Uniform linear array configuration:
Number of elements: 8
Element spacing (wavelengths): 1
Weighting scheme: blackman
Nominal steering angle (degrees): -15
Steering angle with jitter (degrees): -14.514
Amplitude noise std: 0.05
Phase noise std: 0.05

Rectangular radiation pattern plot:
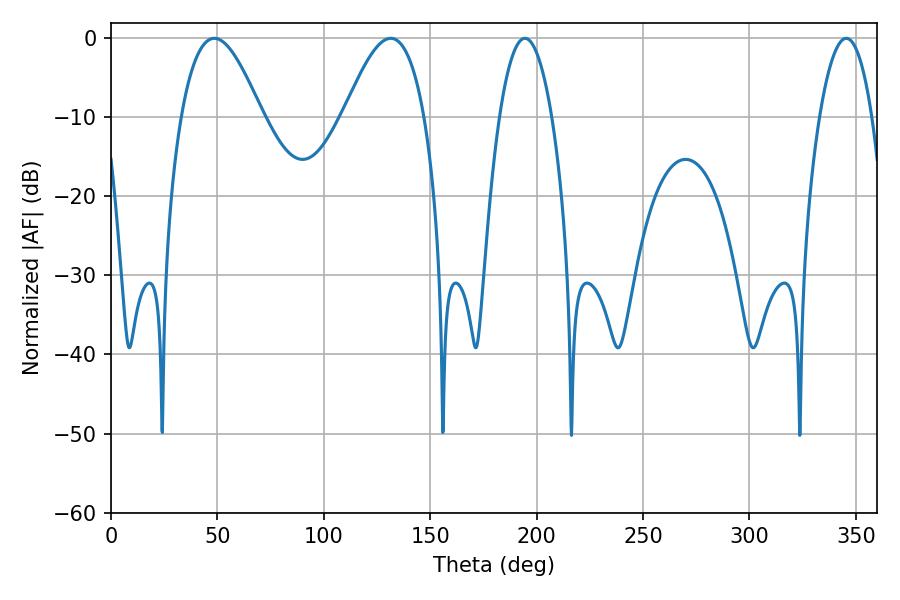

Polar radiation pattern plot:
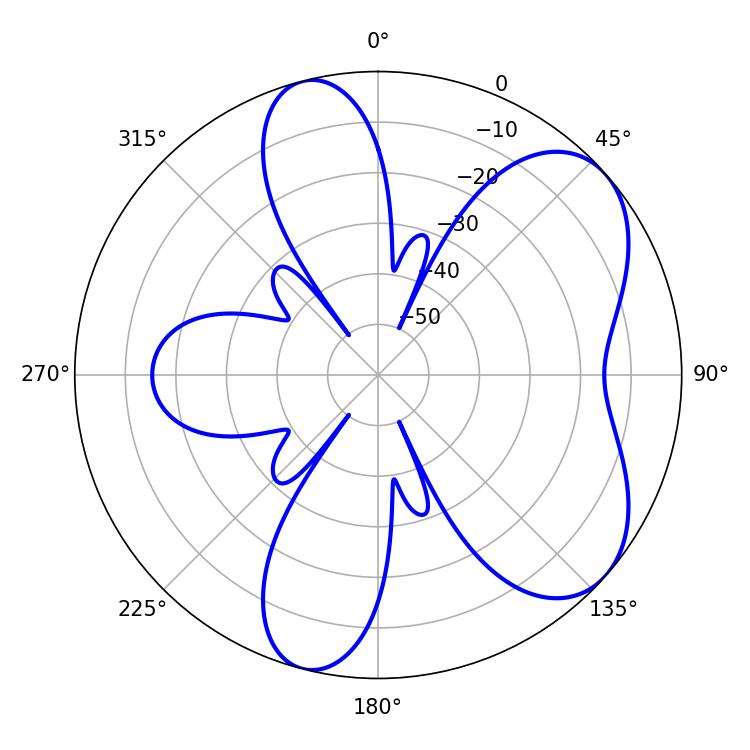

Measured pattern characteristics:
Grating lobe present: TRUE
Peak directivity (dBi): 6.256
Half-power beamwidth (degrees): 20.52
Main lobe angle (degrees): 48.6